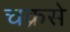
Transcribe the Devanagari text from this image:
चक्रसे